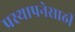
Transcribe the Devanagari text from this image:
प्रस्थापनेसाठी